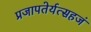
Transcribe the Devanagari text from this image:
प्रजापतेर्यत्सहजं